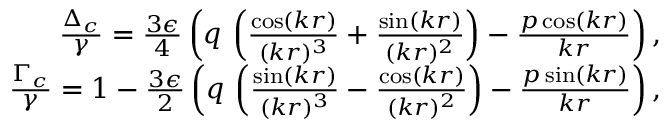
\begin{array} { r } { \frac { \Delta _ { c } } { \gamma } = \frac { 3 \epsilon } { 4 } \left( q \, \left( \frac { \cos ( k r ) } { ( k r ) ^ { 3 } } + \frac { \sin ( k r ) } { ( k r ) ^ { 2 } } \right) - \frac { p \cos ( k r ) } { k r } \right) , } \\ { \frac { \Gamma _ { c } } { \gamma } = 1 - \frac { 3 \epsilon } { 2 } \left( q \, \left( \frac { \sin ( k r ) } { ( k r ) ^ { 3 } } - \frac { \cos ( k r ) } { ( k r ) ^ { 2 } } \right) - \frac { p \sin ( k r ) } { k r } \right) , } \end{array}